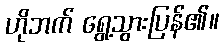
ဟိုဘက် ရွေ့သွားပြန်၏။